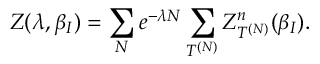
Z ( \lambda , \beta _ { I } ) = \sum _ { N } e ^ { - \lambda N } \sum _ { T ^ { ( N ) } } Z _ { T ^ { ( N ) } } ^ { n } ( \beta _ { I } ) .